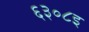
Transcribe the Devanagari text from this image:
६३०८इ